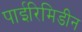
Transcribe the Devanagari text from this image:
पाईरिमिडीन